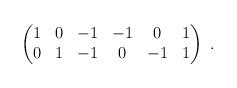
LaTeX: \begin{align*}\begin{pmatrix}1 & 0 & -1 & -1 & 0 & 1 \\0 & 1 & -1 & 0 & -1 & 1 \\\end{pmatrix} \ .\end{align*}